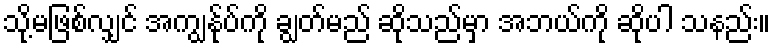
သို့မဖြစ်လျှင် အကျွန်ုပ်ကို ချွတ်မည် ဆိုသည်မှာ အဘယ်ကို ဆိုပါ သနည်း။